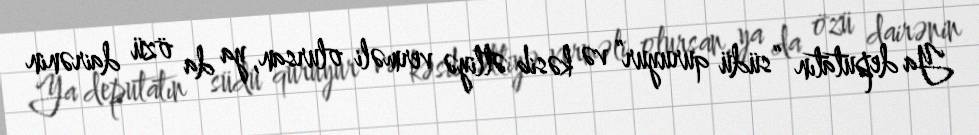
Ya deputatın “südü quruyur” və kəsib ətliyə verməli olursan, ya da özü dairənin